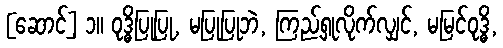
[ဆောင်] ၁။ ဝုဒ္ဓိပြုပြု, မပြုပြုဘဲ, ကြည့်ရှုလိုက်လျှင်, မမြင်ဝုဒ္ဓိ,